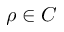
\rho \in C